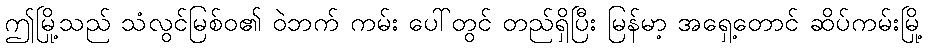
ဤမြို့သည် သံလွင်မြစ်ဝ၏ ဝဲဘက် ကမ်း ပေါ်တွင် တည်ရှိပြီး မြန်မာ့ အရှေ့တောင် ဆိပ်ကမ်းမြို့